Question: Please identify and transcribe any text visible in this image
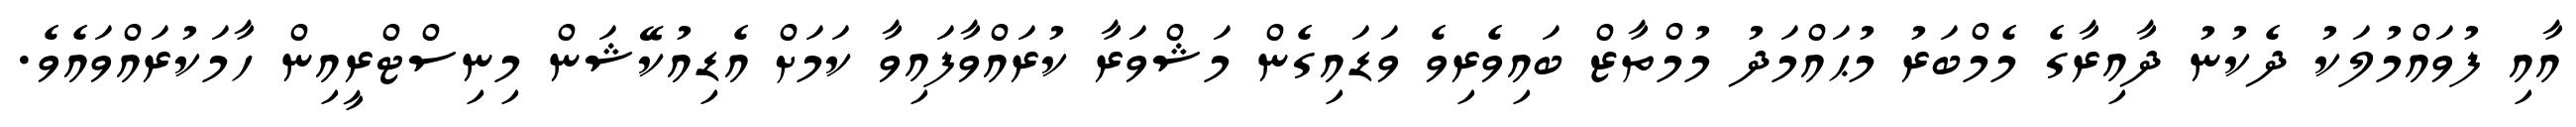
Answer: އާއި ފުވައްމުލަކު ދެކުނު ދާއިރާގެ މެމްބަރު މުޙައްމަދު މުމްތާޒް ބައިވެރިވެ ވަޑައިގެން މަޝްވަރާ ކުރައްވާފައިވާ ކަމަށް އެޑިއުކޭޝަން މިނިސްޓްރީއިން ހާމަކުރައްވައެވެ.